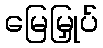
မြေမြှုပ်